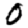
Digit: 0